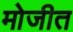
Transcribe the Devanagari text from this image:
मोजीत